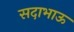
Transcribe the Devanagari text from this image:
सदाभाऊ